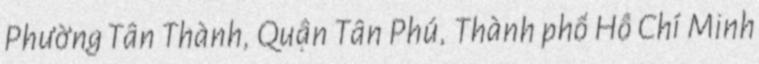
Phường Tân Thành, Quận Tân Phú, Thành phố Hồ Chí Minh